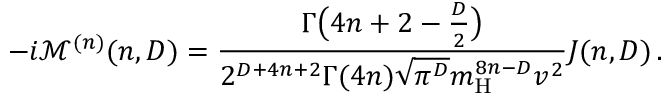
- i \mathcal { M } ^ { ( n ) } ( n , D ) = \frac { \Gamma \big ( 4 n + 2 - \frac { D } { 2 } \big ) } { 2 ^ { D + 4 n + 2 } \Gamma ( 4 n ) \sqrt { \pi ^ { D } } m _ { \mathrm { H } } ^ { 8 n - D } v ^ { 2 } } J ( n , D ) \, .